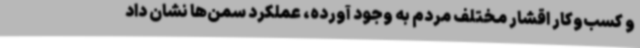
و کسب‌وکار اقشار مختلف مردم به وجود آورده، عملکرد سمن‌ها نشان داد